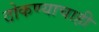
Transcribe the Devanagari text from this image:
ठोकण्याचाही